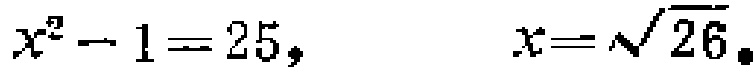
\(x^{2}-1 = 25,\quad x=\sqrt{26}.\)